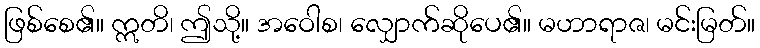
ဖြစ်စေ၏။ ဣတိ၊ ဤသို့။ အဝေါစ၊ လျှောက်ဆိုပေ၏။ မဟာရာဇ၊ မင်းမြတ်။